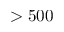
> 5 0 0